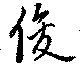
俊